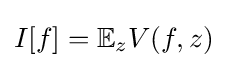
I[f]=\mathbb {E} _{z}V(f,z)